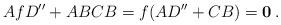
LaTeX: \begin{align*}AfD'' + ABCB = f(AD''+CB) =\mathbf 0\,.\end{align*}